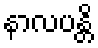
နာလပန္တိ